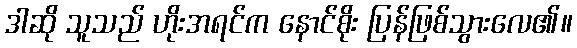
ဒါဆို သူသည် ဟိုးအရင်က နောင်စိုး ပြန်ဖြစ်သွားလေ၏။